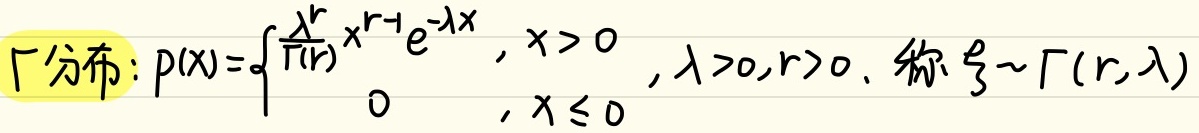
$\Gamma$分布：
\[
p(x)=\begin{cases}
\frac{\lambda^{r}}{\Gamma(r)}x^{r - 1}e^{-\lambda x}&,x>0\\
0&,x\leq0
\end{cases},\lambda>0,r>0
\]
称$\xi\sim\Gamma(r,\lambda)$